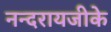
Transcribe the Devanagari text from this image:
नन्दरायजीके